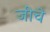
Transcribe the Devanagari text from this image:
जीचे